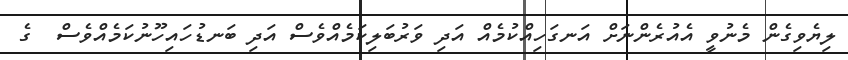
ލިޔެވިގެން މެނުވީ އެއުރެންނަށް އަނގަހިއްކުމެއް އަދި ވަރުބަލިކަމެއްވެސް އަދި ބަނޑުހައިހޫނުކަމެއްވެސް  ގެ